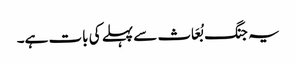
یہ جنگ بُعَاث سے پہلے کی بات ہے۔